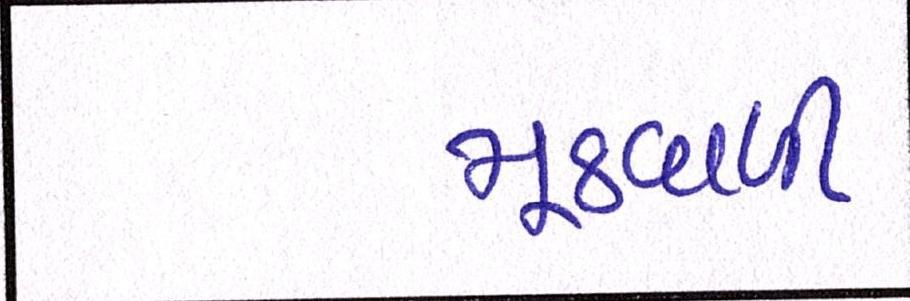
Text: મૂઠવાળી